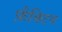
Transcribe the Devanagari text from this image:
फ़ैक्टिव